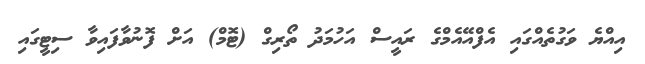
އިއްޔެ ވަގުތެއްގައި އެފްއޭއެމްގެ ރައީސް އަހުމަދު ތޯރިގް (ޓޮމް) އަށް ފޮނުވާފައިވާ ސިޓީގައި